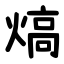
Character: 熇